Vaccination in Bombay 1889-1901 - 1889-1901
Year: 1889
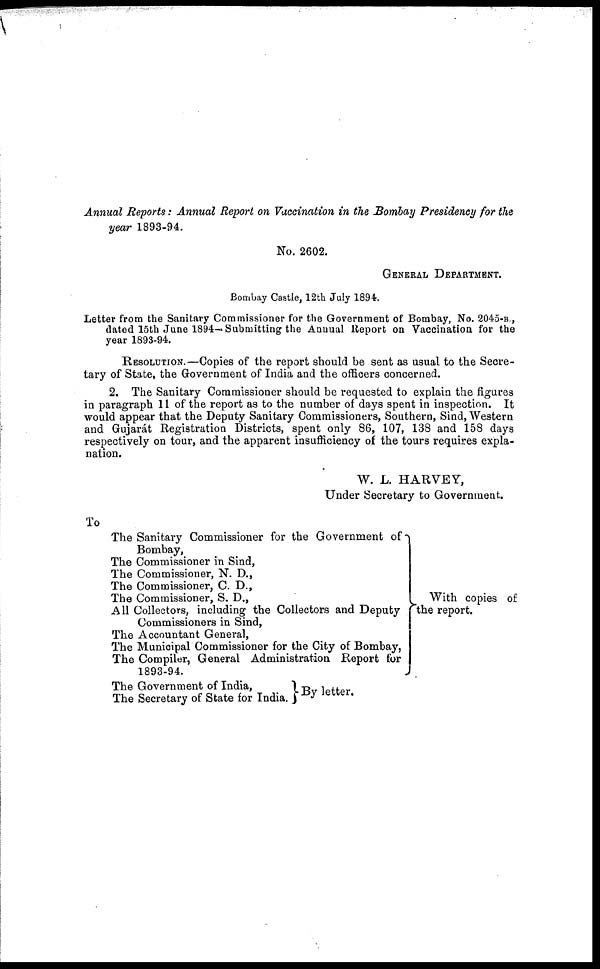
Annual Reports: Annual Report on Vaccination in the Bombay Presidency for the
year 1893-94.
No. 2602.
GENERAL DEPARTMENT.
Bombay Castle, 12th July 1894.
Letter from the Sanitary Commissioner for the Government of Bombay, No. 2045-B.,
dated 15th June 1894—Submitting the Annual Report on Vaccination for the
year 1893-94.
RESOLUTION.—Copies of the report should be sent as usual to the Secre-
tary of State, the Government of India and the officers concerned.
2. The Sanitary Commissioner should be requested to explain the figures
in paragraph 11 of the report as to the number of days spent in inspection. It
would appear that the Deputy Sanitary Commissioners, Southern, Sind, Western
and Gujarát Registration Districts, spent only 86, 107, 138 and 158 days
respectively on tour, and the apparent insufficiency of the tours requires expla-
nation.
W. L. HARVEY,
Under Secretary to Government.
To
The Sanitary Commissioner for the Government of
Bombay,
The Commissioner in Sind,
The Commissioner, N. D.,
The Commissioner, C. D.,
The Commissioner, S. D.,
All Collectors, including the Collectors and Deputy
Commissioners in Sind,
The Accountant General,
The Municipal Commissioner for the City of Bombay,
The Compiler, General Administration Report for
1893-94.
The Government of India,
The Secretary of State for India.
With copies of
the report.
By letter.